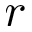
r